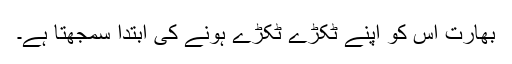
بھارت اس کو اپنے ٹکڑے ٹکڑے ہونے کی ابتدا سمجھتا ہے۔